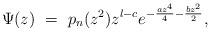
LaTeX: \begin{align*}\Psi (z) \ = \ p_n (z^2) z^{l-c} e ^ {-{az^4 \over 4} - {bz^2 \over 2}},\end{align*}